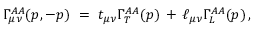
\Gamma _ { \mu \nu } ^ { A A } ( p , - p ) \ = \ t _ { \mu \nu } \Gamma _ { T } ^ { A A } ( p ) \, + \, \ell _ { \mu \nu } \Gamma _ { L } ^ { A A } ( p ) \, ,